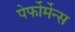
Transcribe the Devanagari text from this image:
पेर्फोर्मेन्स